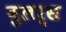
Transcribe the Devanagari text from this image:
बुलर्स